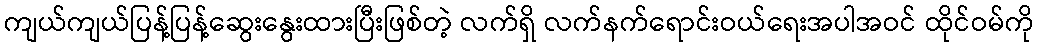
ကျယ်ကျယ်ပြန့်ပြန့်ဆွေးနွေးထားပြီးဖြစ်တဲ့ လက်ရှိ လက်နက်ရောင်းဝယ်ရေးအပါအဝင် ထိုင်ဝမ်ကို